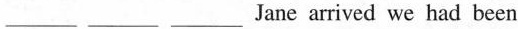
___ ___ ___ Jane arrived we had been